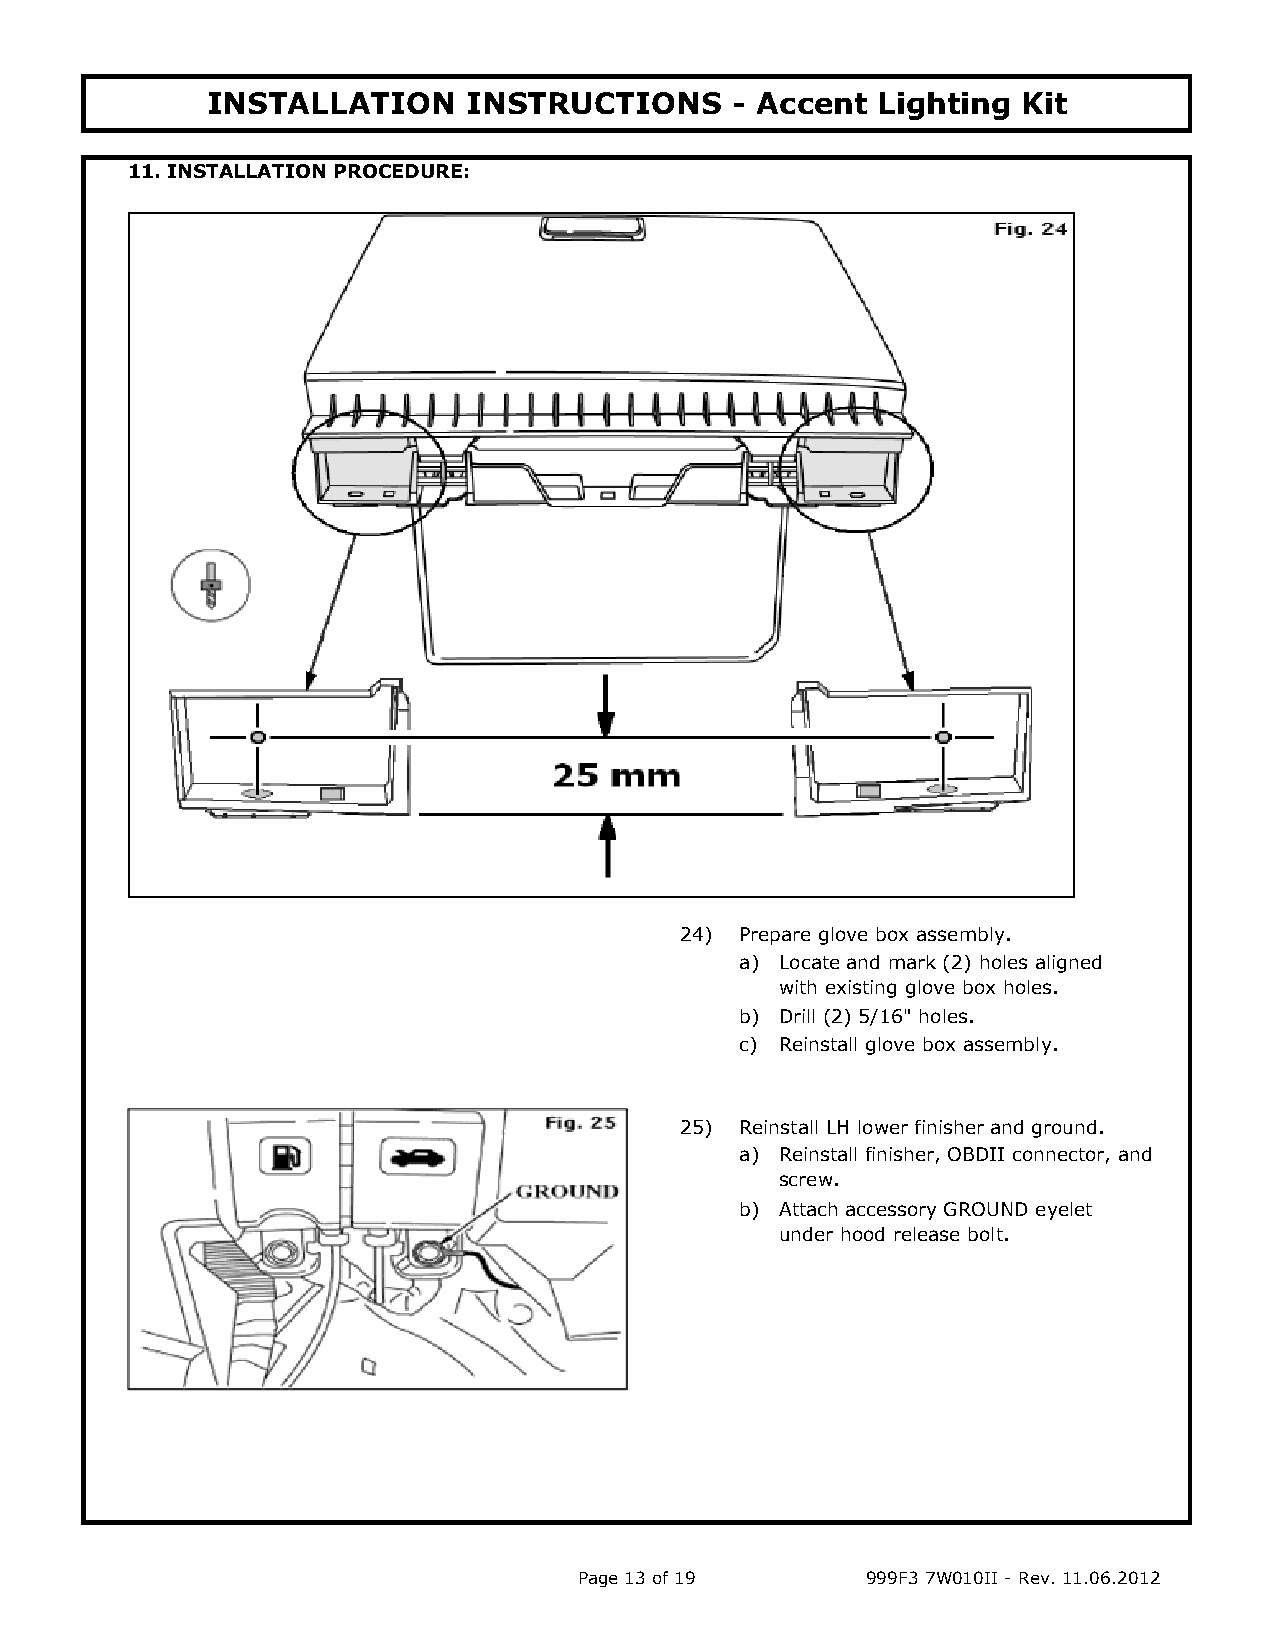
INSTALLATION     INSTRUCTIONS      - Accent Lighting  Kit
 11. INSTALLATION PROCEDURE:
 24) Prepare glove box assembly.
 a) Locate and mark (2) holes aligned
 with existing glove box holes.
 b) Drill (2) 5/16" holes.
 c) Reinstall glove box assembly.
 25) Reinstall LH lower finisher and ground.
 a) Reinstall finisher, OBDII connector, and
 screw.
 b) Attach accessory GROUND eyelet
 under hood release bolt.
 Page 13 of 19      999F3 7W010II - Rev. 11.06.2012